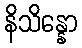
နိသိန္နော